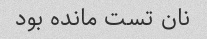
نان تست مانده بود